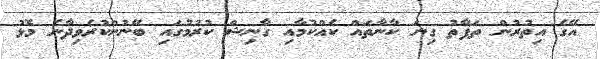
އޭގެ އިތުރުން ތަފާތު ގިނަ ކާނާތައް ކެއްކުމާއި ގާނިޝް ކުރުމުގައި ބޭނުންކުރެވިދާނެ މޮޅު